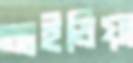
আইডিয়া